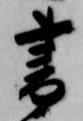
書